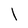
Character: l